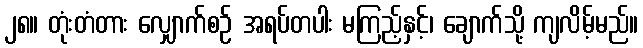
၂၈။ တုံးတံတား လျှောက်စဉ် အရပ်တပါး မကြည့်နှင့်၊ ချောက်သို့ ကျလိမ့်မည်။